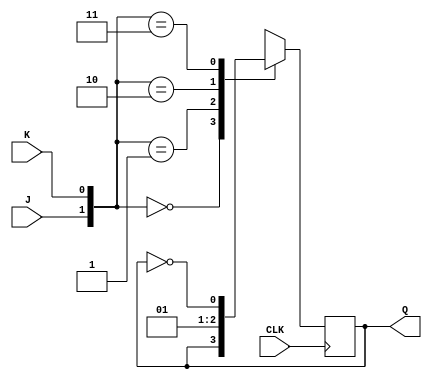
module jkflipflop(Q,J,K,CLK);
    initial
    begin
        $dumpfile("synccounter.vcd");
        $dumpvars;
    end
    input CLK,K,J;
    output reg Q;
    initial
        Q=1'b0;
    always @(posedge CLK)
        case ({J,K})
            2'b00 : Q <= Q;
            2'b01 : Q <= 1'b0;
            2'b10 : Q <= 1'b1;
            2'b11 : Q <= ~Q;
        endcase
endmodule

module synccounter(Q,CLK);
    input CLK;
    output [3:0] Q;
    wire w0,w1;
    assign w0=Q[0]&Q[1];
    assign w1=w0 & Q[2];
    jkflipflop
        j1(Q[0],1'b1,1'b1,CLK),
        j2(Q[1],Q[0],Q[0],CLK),
        j3(Q[2],w0,w0,CLK),
        j4(Q[3],w1,w1,CLK);
endmodule

module testbench;
    reg CLK;
    wire [3:0]Q;
    synccounter sync(Q,CLK);
    //integer i;
    always
        #2 CLK=~CLK;
    initial
        begin
            CLK=0;
            $monitor(,$time," OUT=%b",Q);
            #64 $finish;
            /*for(i=0;i<=20;i=i+1)
            begin
                #1 CLK=1;
                #1 CLK=2; 
                $monitor(,$time," OUT=%b",OUT);
            end*/
        end 
endmodule